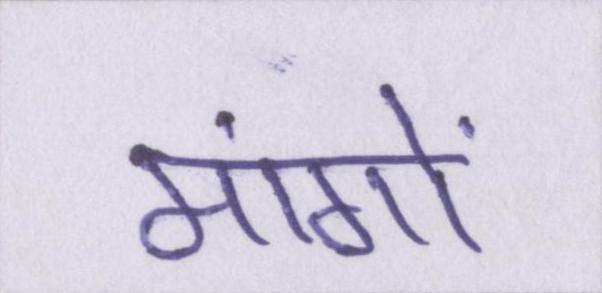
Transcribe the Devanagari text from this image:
मांगों